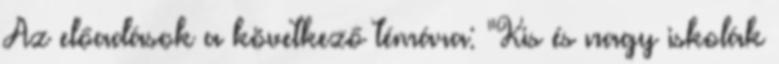
Az előadások a következő témára: "Kis és nagy iskolák